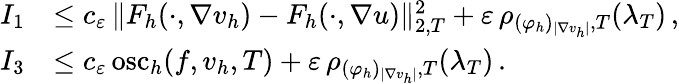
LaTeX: \begin{array}{r}{\begin{array}{rl}{I_{1}}&{\leq c_{\varepsilon}\, \| F_{h}(\cdot,\nabla v_{h})-F_{h}(\cdot,\nabla u)\| _{2,T}^{2}+\varepsilon\, \rho_{(\varphi_{h})_{\vert\nabla v_{h}\vert},T}(\lambda_{T})\, ,}\\ {I_{3}}&{\leq c_{\varepsilon}\, \mathrm{osc}_{h}(f,v_{h},T)+\varepsilon\, \rho_{(\varphi_{h})_{\vert\nabla v_{h}\vert},T}(\lambda_{T})\, .}\end{array}}\end{array}